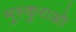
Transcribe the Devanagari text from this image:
मुस्कुराओ